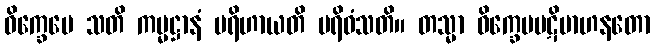
ဝိက္ခေပေ သတိ ကမ္မဋ္ဌာနံ ပရိဟာယတိ ပရိဓံသတိ။ တသ္မာ ဝိက္ခေပပဋိဗာဟနတော